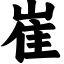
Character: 崔